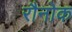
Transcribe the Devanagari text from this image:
रौनोक